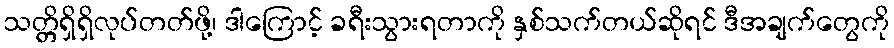
သတ္တိရှိရှိလုပ်တတ်ဖို့၊ ဒါကြောင့် ခရီးသွားရတာကို နှစ်သက်တယ်ဆိုရင် ဒီအချက်တွေကို